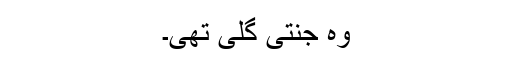
وہ جنتی گلی تھی۔